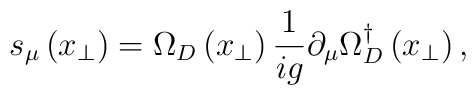
s_{\mu}\left(x_{\perp}\right) = \Omega_{D}\left(x_{\perp}\right) \frac{1}{ig}\partial _{\mu}\Omega_{D}^{\dagger}\left(x_{\perp}\right),